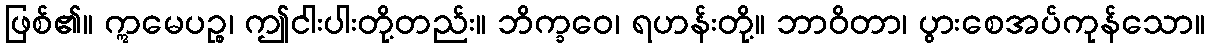
ဖြစ်၏။ ဣမေပဉ္စ၊ ဤငါးပါးတို့တည်း။ ဘိက္ခဝေ၊ ရဟန်းတို့။ ဘာဝိတာ၊ ပွားစေအပ်ကုန်သော။